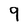
Character: 9